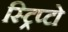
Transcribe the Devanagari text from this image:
स्ट्रिप्टो